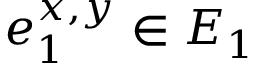
e _ { 1 } ^ { x , y } \in E _ { 1 }